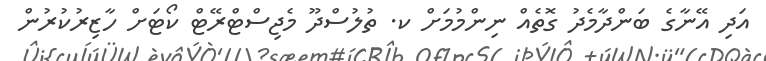
އަދި އޭނާގެ ބަންދާމެދު ގޮތެއް ނިންމުމަށް ކ. ތުލުސްދޫ މެޖިސްޓްރޭޓް ކޯޓަށް ހާޒިރުކުރުން